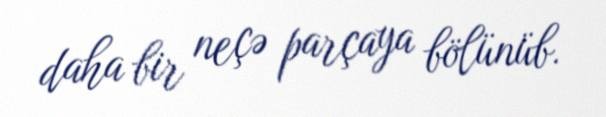
daha bir neçə parçaya bölünüb.